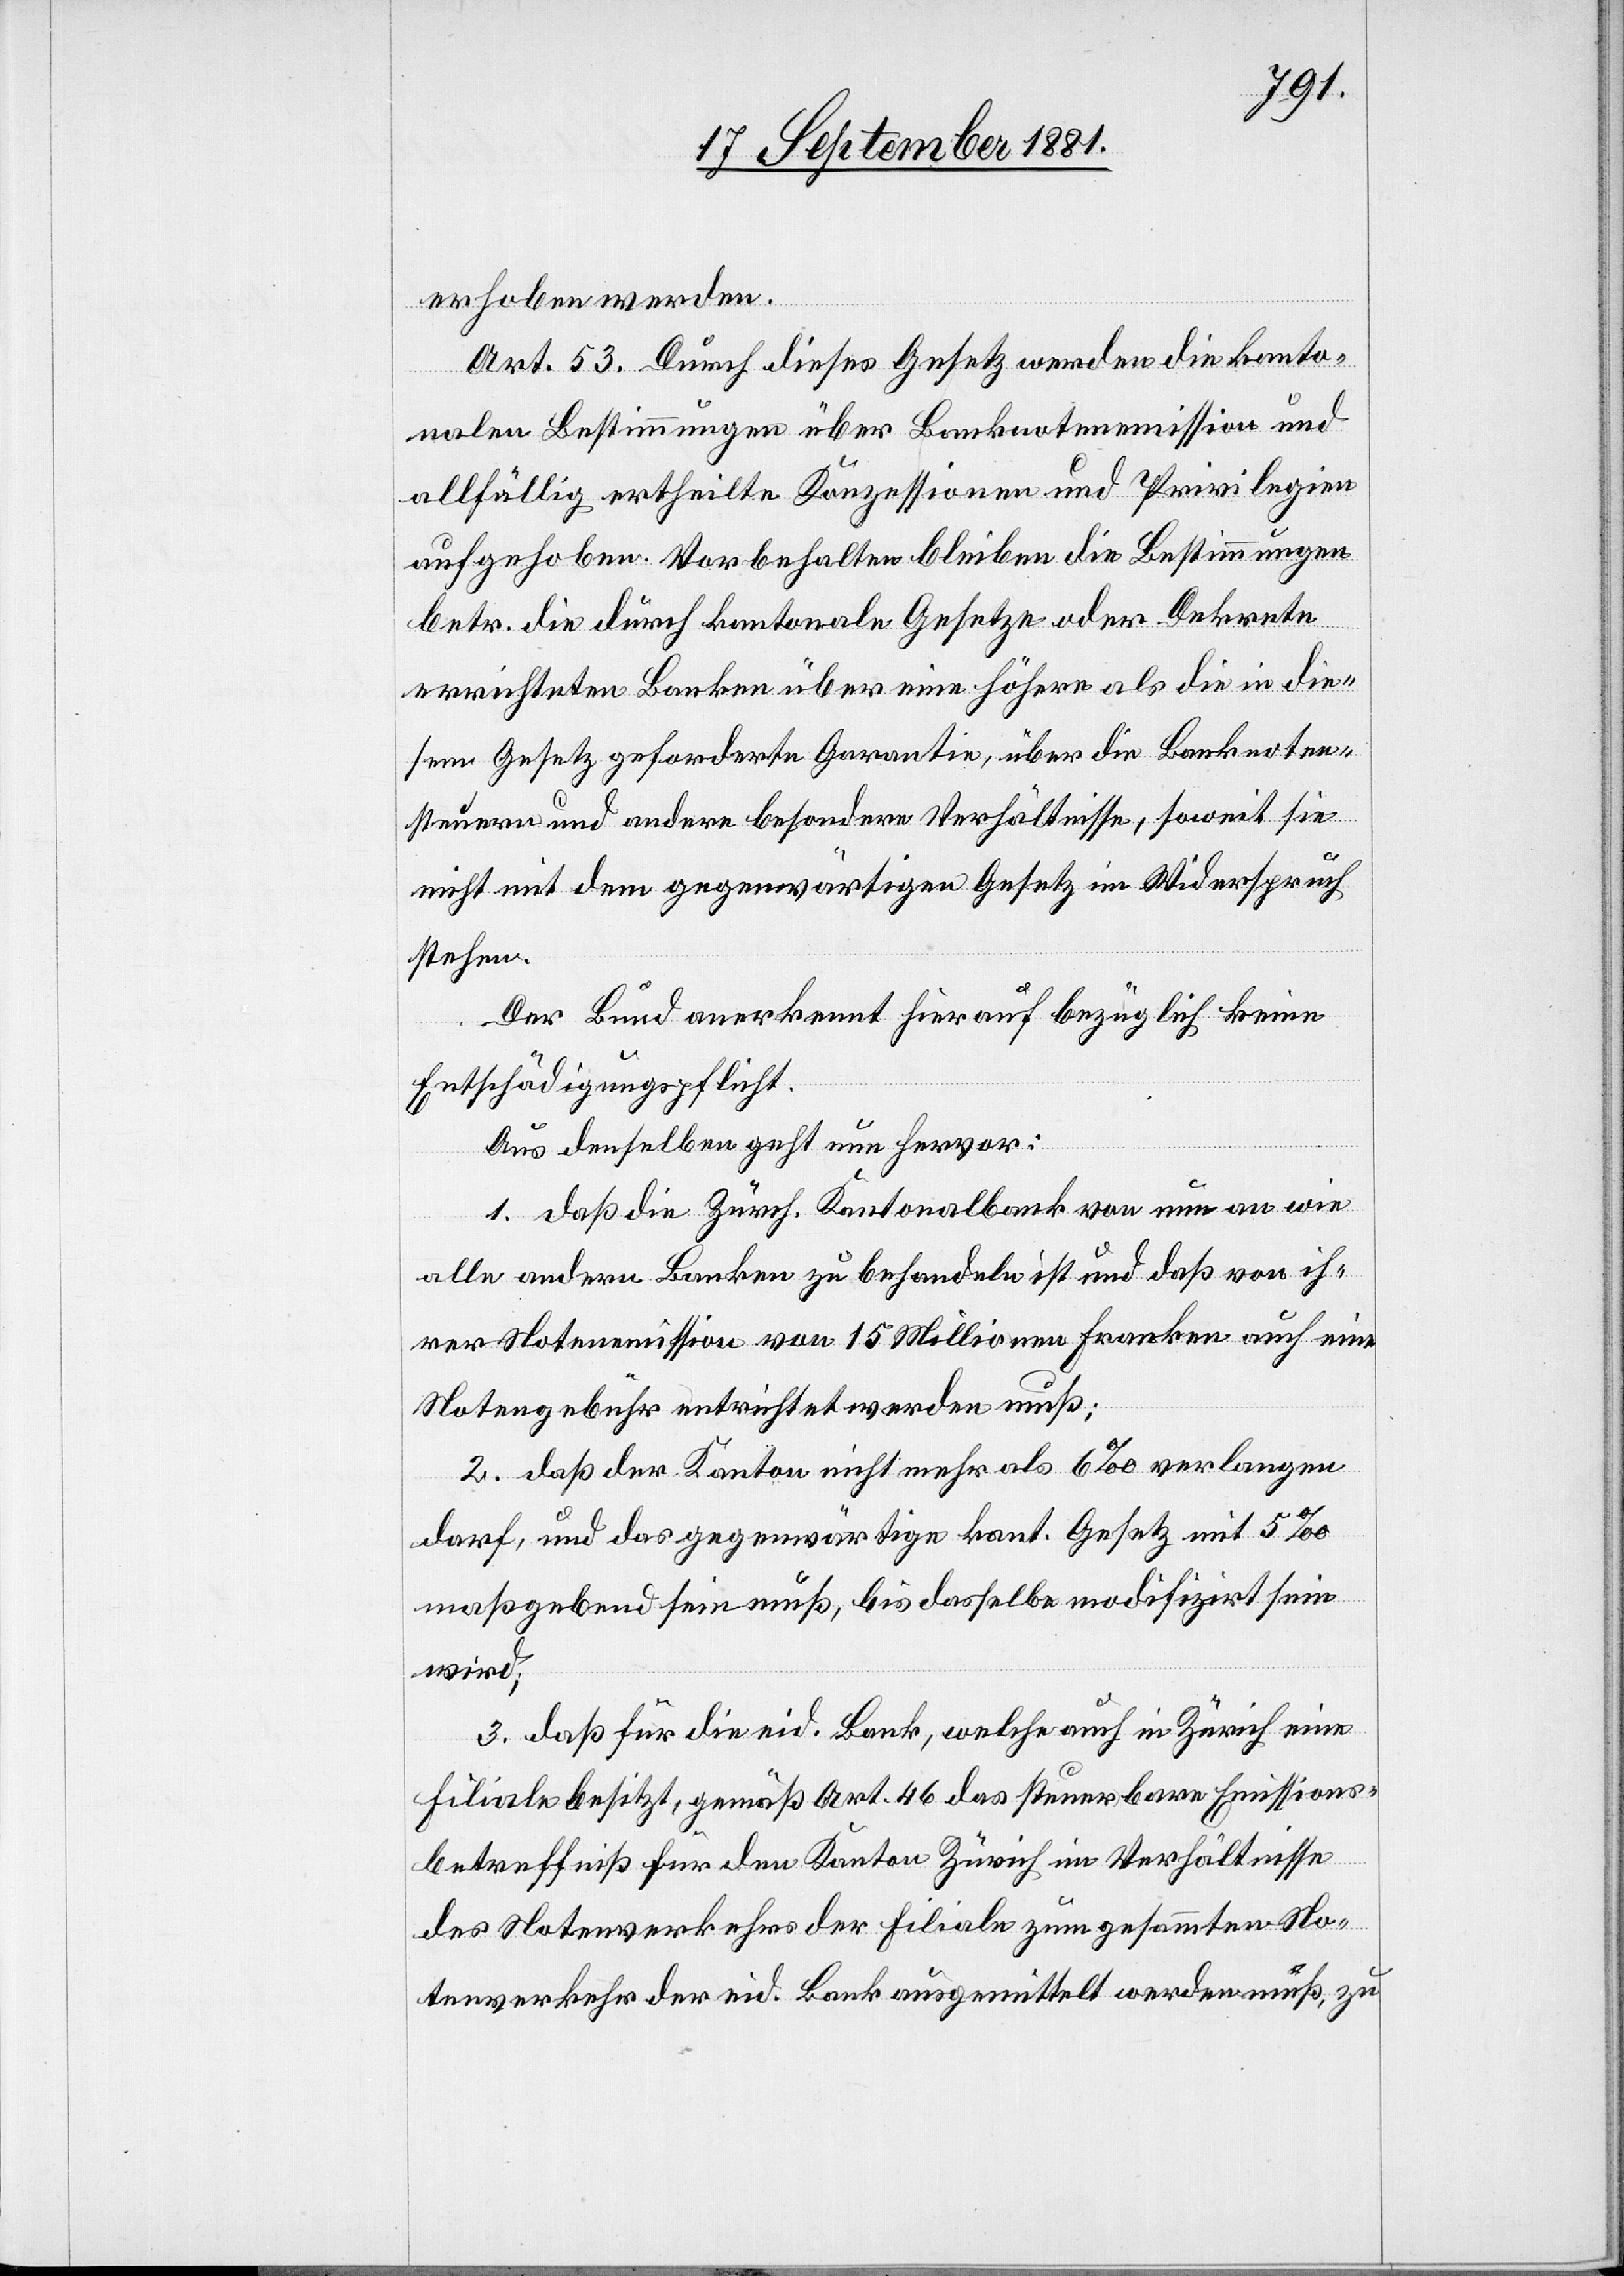
erhoben werden.
Art. 53. Durch dieses Gesetz werden die kanto¬
nalen Bestimmungen über Banknotenmission und
allfällig ertheilte Konzessionen und Privilegien
aufgehoben. Vorbehalten bleiben die Bestimmungen
betr. die durch kantonale Gesetze oder Dekrete
errichteten Banken über eine höhere als die in die¬
sem Gesetz geforderte Garantie, über die Banknoten¬
steuern und andere besondere Verhältnisse, soweit sie
nicht mit dem gegenwärtigen Gesetz im Widerspruch
stehen.
Der Bund anerkennt hierauf bezüglich keine
Entschädigungspflicht.
Aus denselben geht nun hervor:
1. daß die Zürch. Kantonalbank von nun an wie
alle andere Banken zu behandeln ist und daß von ih¬
rer Notenmission von 15 Millionen Franken auch eine
Notengebühr entrichtet werden muß;
2. daß der Kanton nicht mehr als 6‰ verlangen
darf, und das gegenwärtige kant. Gesetz mit 5‰
maßgebend sein muß, bis dasselbe modifiziert sein
wird;
3. daß für die eid. Bank, welche auch in Zürich eine
Filiale besitzt, gemäß Art. 46 das steuerbare Emissions¬
betreffniß für den Kanton Zürich im Verhältnisse
des Notenverkehrs der Filiale zum gesammten No¬
tenverkehr der eid. Bank ausgemittelt werden muß, zu